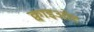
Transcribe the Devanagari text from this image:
क्वाइओट